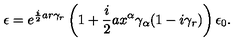
\epsilon = e ^ { \frac { i } { 2 } a r \gamma _ { r } } \left( 1 + \frac { i } { 2 } a x ^ { \alpha } \gamma _ { \alpha } ( 1 - i \gamma _ { r } ) \right) \epsilon _ { 0 } .